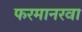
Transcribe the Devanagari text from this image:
फरमानरवा